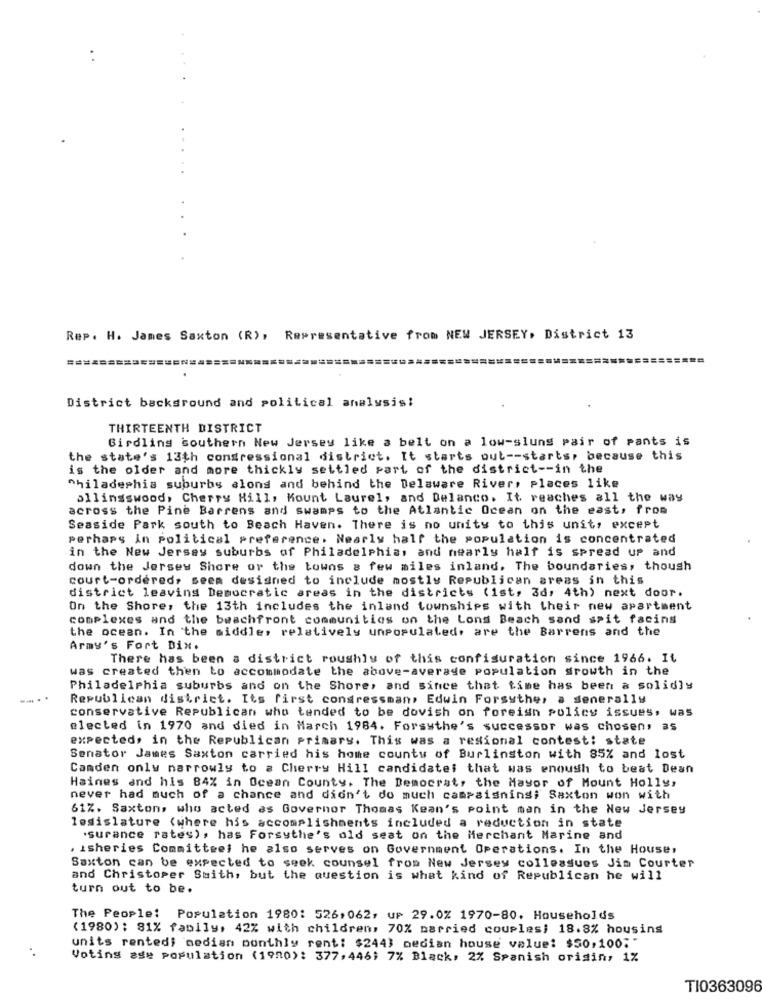
...
...
Rep. H. James Saxton (R), Representative from NEW JERSEY, District 13
District background and political analysis!
THIRTEENTH DISTRICT
Girdling southern New Jersey like a belt on a low-slung pair of pants is
the state's 13th congressional district. It starts out -- starts, because this
is the older and more thickly settled part of the district -- in the
^hiladephia suburbs alons and behind the Delaware River, places like
allingswood, Cherry Hill, Mount Laurel, and Delanco. It reaches all the way
across the Pine Barrens and swamps to the Atlantic Ocean on the east, from
Seaside Park south to Beach Haven. There is no unity to this unit, except
perhaps in political preference. Nearly half the population is concentrated
in the New Jersey suburbs of Philadelphia, and nearly half is spread up and
down the Jersey Shore or the towns a few miles inland. The boundaries, though
court-ordered, seem designed to include mostly Republican areas in this
district leaving Democratic areas in the districts (1st, 3d, 4th) next door.
On the Shore, the 13th includes the inland townships with their new apartment
complexes and the beachfront communities on the Long Beach sand soit facing
the ocean. In the middle, relatively unpopulated, are the Barrens and the
Army's Fort Dix.
There has been a district roughly of this configuration since 1966. IL
was created then to accommodate the above-average population growth in the
Philadelphia suburbs and on the Shore, and since that time has been a solidly
Republican district. Its first congressman, Edwin Forsythe, a senerally
conservative Republican who tended to be dovish on foreign policy issues, was
elected in 1970 and died in March 1984. Forsythe's successor was chosen, as
expected, in the Republican primary. This was a resional contest: state
Senator James Saxton carried his home county of Burlington with 85% and lost
Camden only narrowly to # Cherry Hill candidates that was enough to beat Dean
Haines and his 84% in Ocean County. The Democrat, the Mayor of Mount Holly,
never had much of a chance and didn't do much campaigning; Saxton won with
61%. Saxton, who acted as Governor Thomas Kean's point man in the New Jersey
legislature (where his accomplishments included a reduction in state
'surance rates), has Forsythe's old seat on the Merchant Marine and
, isheries Committee) he also serves on Government Operations. In the House,
Saxton can be expected to seek counsel from New Jersey colleagues Jim Courter
and Christoper Smith, but the question is what kind of Republican he will
turn out to be.
The People: Population 1980: 526,062, up 29.0% 1970-80. Households
(1980) ; 81% family, 42% with children, 70% married couples; 18.8% housing
units rented; median monthly rent: $2443 median house value: $50,100;"
Voting ade population (1980): 377,446; 7% Black, 2% Spanish origin, 1%
TI0363096